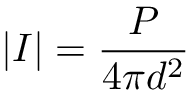
| I | = \frac { P } { 4 \pi d ^ { 2 } }